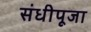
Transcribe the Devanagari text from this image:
संधीपूजा